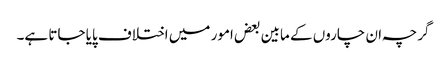
گرچہ ان چاروں کے مابین بعض امور میں اختلاف پایا جاتا ہے۔